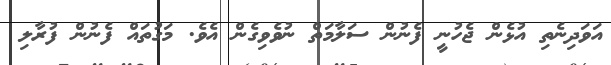
އަވަދިނެތި އުޅެން ޖެހުނީ ފެނުން ސަލާމަތް ނުވެވިގެން އެވެ. މަގުތައް ފެނުން ފުރާލި